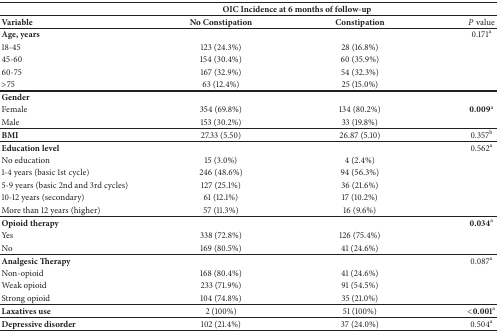
<table><thead><tr><td><b> </b></td><td colspan="2"><b>OIC Incidence at 6 months of follow-up</b></td><td><b> </b></td></tr></thead><tbody><tr><td><b>Variable</b></td><td><b>No Constipation</b></td><td><b>Constipation</b></td><td><i>P</i> value</td></tr><tr><td><b>Age, years</b></td><td> </td><td> </td><td>0.171<sup>a</sup></td></tr><tr><td>18-45</td><td>123 (24.3%)</td><td>28 (16.8%)</td><td> </td></tr><tr><td>45-60</td><td>154 (30.4%)</td><td>60 (35.9%)</td><td> </td></tr><tr><td>60-75</td><td>167 (32.9%)</td><td>54 (32.3%)</td><td> </td></tr><tr><td>&gt;75</td><td>63 (12.4%)</td><td>25 (15.0%)</td><td> </td></tr><tr><td><b>Gender</b></td><td> </td><td> </td><td> </td></tr><tr><td>Female</td><td>354 (69.8%)</td><td>134 (80.2%)</td><td><b>0.009</b><sup>a</sup></td></tr><tr><td>Male</td><td>153 (30.2%)</td><td>33 (19.8%)</td><td> </td></tr><tr><td><b>BMI</b></td><td>27.33 (5.50)</td><td>26.87 (5.10)</td><td>0.357<sup>b</sup></td></tr><tr><td><b>Education level </b></td><td> </td><td> </td><td>0.562<sup>a</sup></td></tr><tr><td>No education</td><td>15 (3.0%)</td><td>4 (2.4%)</td><td> </td></tr><tr><td>1-4 years (basic 1st cycle)</td><td>246 (48.6%)</td><td>94 (56.3%)</td><td> </td></tr><tr><td>5-9 years (basic 2nd and 3rd cycles)</td><td>127 (25.1%)</td><td>36 (21.6%)</td><td> </td></tr><tr><td>10-12 years (secondary)</td><td>61 (12.1%)</td><td>17 (10.2%)</td><td> </td></tr><tr><td>More than 12 years (higher)</td><td>57 (11.3%)</td><td>16 (9.6%)</td><td> </td></tr><tr><td><b>Opioid therapy</b></td><td> </td><td> </td><td><b>0.034</b><sup>a</sup></td></tr><tr><td>Yes</td><td>338 (72.8%)</td><td>126 (75.4%)</td><td> </td></tr><tr><td>No</td><td>169 (80.5%)</td><td>41 (24.6%)</td><td> </td></tr><tr><td><b>Analgesic Therapy</b></td><td> </td><td> </td><td>0.087<sup>a</sup></td></tr><tr><td>Non-opioid</td><td>168 (80.4%)</td><td>41 (24.6%)</td><td> </td></tr><tr><td>Weak opioid</td><td>233 (71.9%)</td><td>91 (54.5%)</td><td> </td></tr><tr><td>Strong opioid</td><td>104 (74.8%)</td><td>35 (21.0%)</td><td> </td></tr><tr><td><b>Laxatives use</b></td><td>2 (100%)</td><td>51 (100%)</td><td><b>&lt;0.001</b><sup>a</sup></td></tr><tr><td><b>Depressive disorder </b></td><td>102 (21.4%)</td><td>37 (24.0%)</td><td>0.504<sup>a</sup></td></tr></tbody></table>